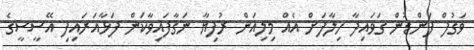
ވަގުފް ފަންޑުން ގަވައިދާ ހިލާފަށް އެއް މިލިއަން ރުފިޔާ ނަގާފައިވާކަން ފަޅާއަރައިފި އޭސީސީގެ